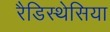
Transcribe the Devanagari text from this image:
रैडिस्थेसिया